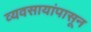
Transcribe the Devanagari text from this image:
व्यवसायांपासून